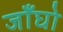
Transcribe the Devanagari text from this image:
जाँघो